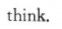
think.